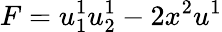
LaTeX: F=u_{1}^{1}u_{2}^{1}-2x^{2}u^{1}